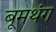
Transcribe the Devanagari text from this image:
बूमथंग